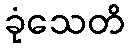
ခုံသေတိ